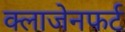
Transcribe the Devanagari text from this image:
क्लाजेनफर्ट